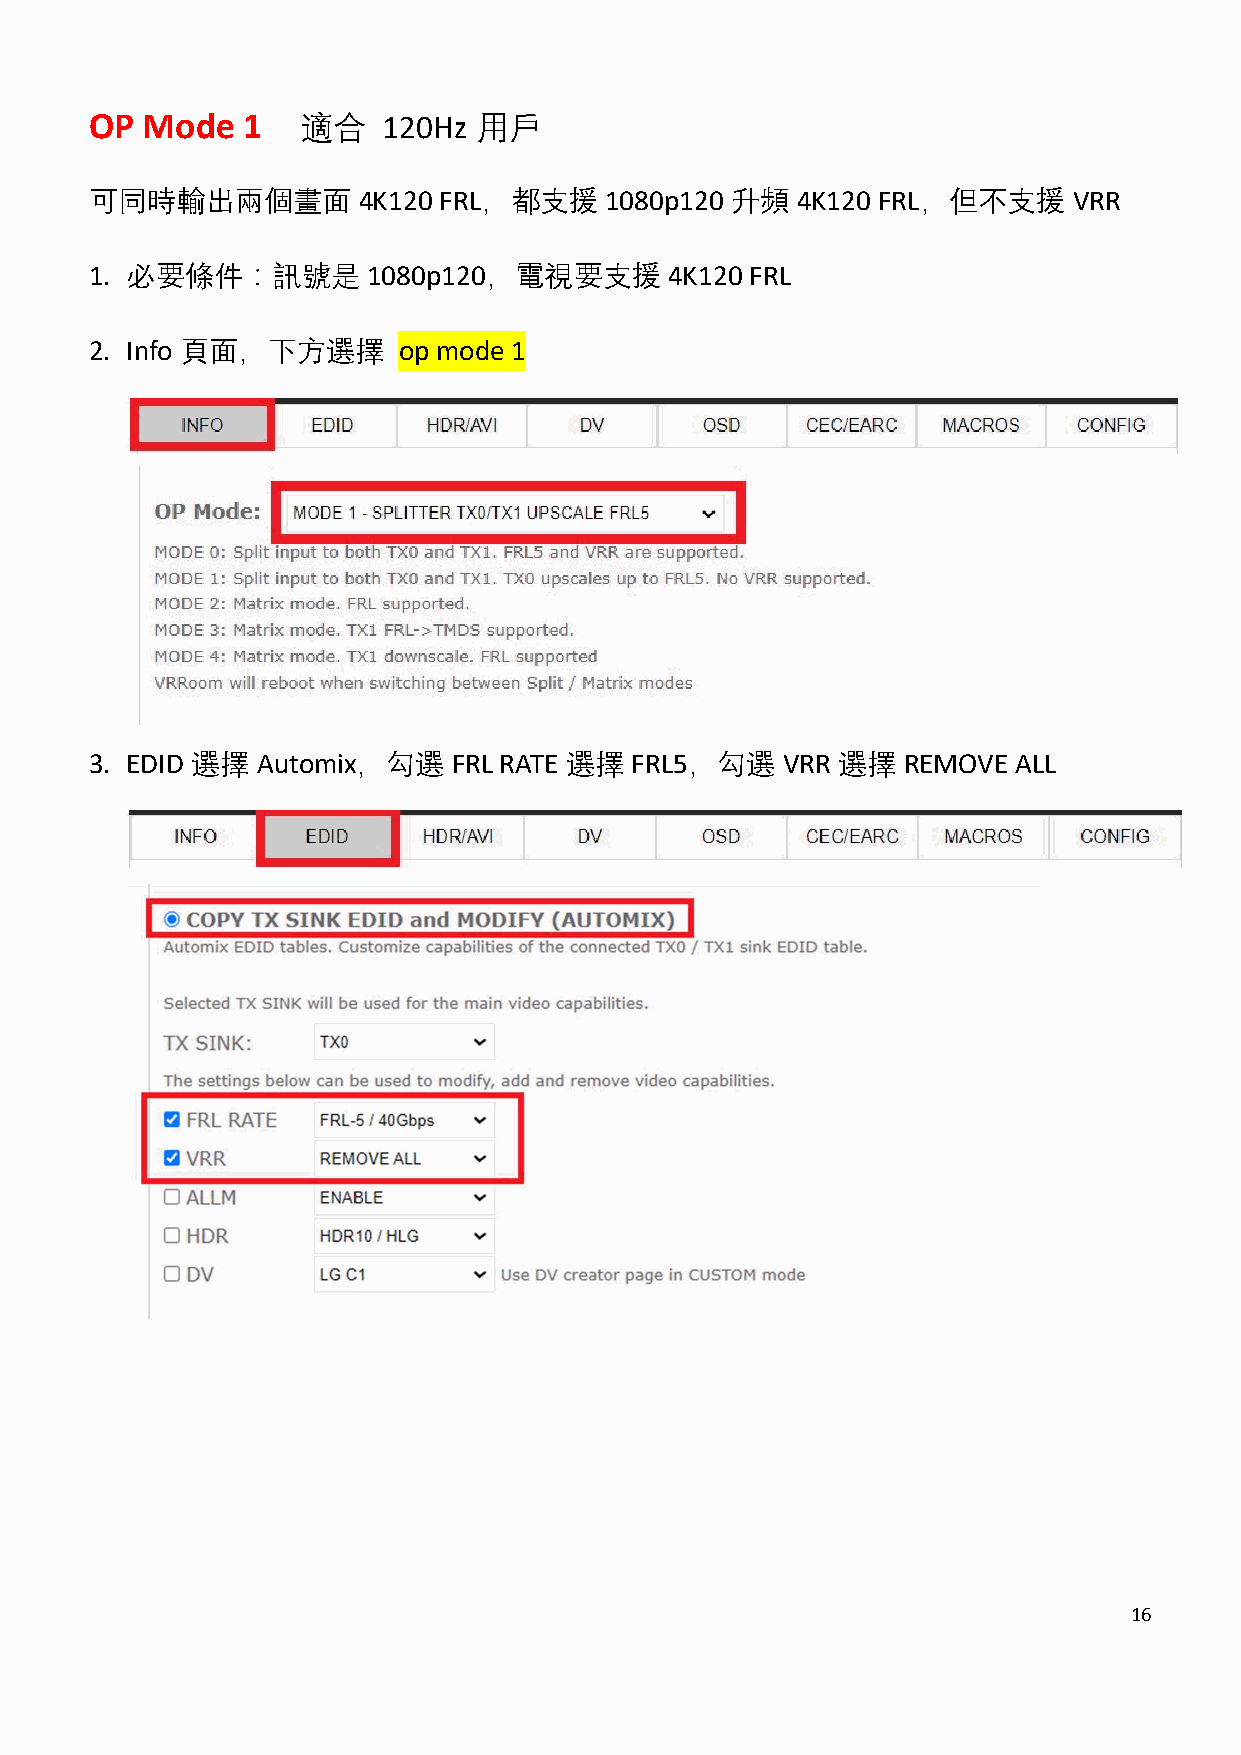
OP Mode   1   適合   120Hz 用戶
 可同時輸出兩個畫面         4K120 FRL，都支援   1080p120 升頻  4K120 FRL，但不支援    VRR
 1. 必要條件：訊號是       1080p120，電視要支援      4K120 FRL
 2. Info 頁面，下方選擇     op mode 1
 3. EDID 選擇 Automix，勾選   FRL RATE 選擇 FRL5，勾選   VRR 選擇  REMOVE ALL
 16